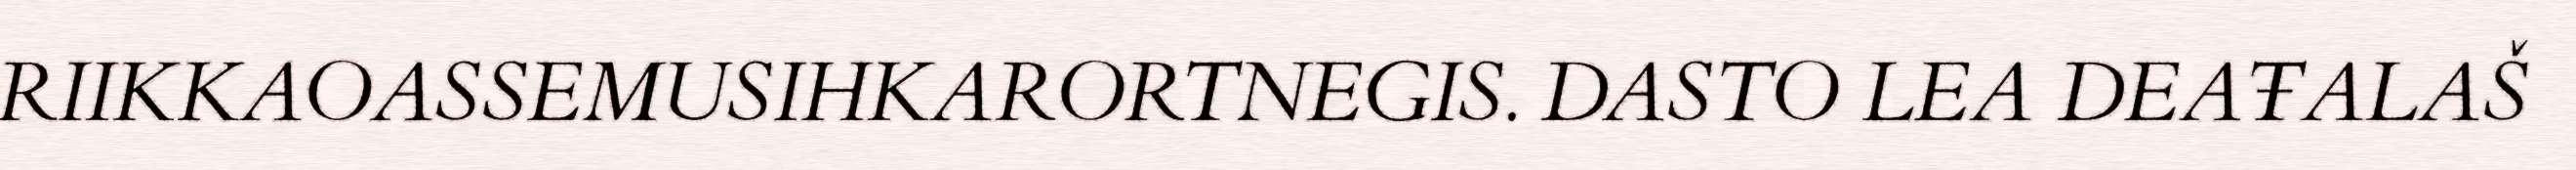
RIIKKAOASSEMUSIHKARORTNEGIS. DASTO LEA DEAŦALAŠ